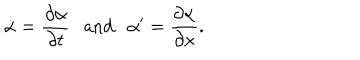
LaTeX: \dot { \alpha } = \frac { \partial \alpha } { \partial t } \ \ \ \mathrm { a n d } \ \ \ \alpha ^ { \prime } = \frac { \partial \alpha } { \partial x } .